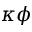
\kappa \phi